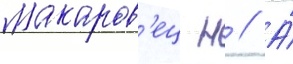
Макаров'ец н // А́